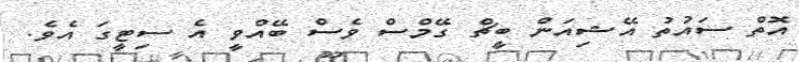
އޮތް ސައުތު އޭޝިއަން ބީޗް ގޭމްސް ވެސް ބޭއްވީ އެ ސިޓީގަ އެވެ.